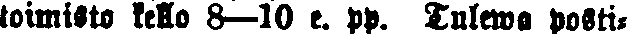
toimisto kello 8—10 e. pp. Tulewa posti-